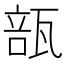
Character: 瓿